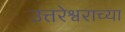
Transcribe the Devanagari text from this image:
उत्तरेश्वराच्या